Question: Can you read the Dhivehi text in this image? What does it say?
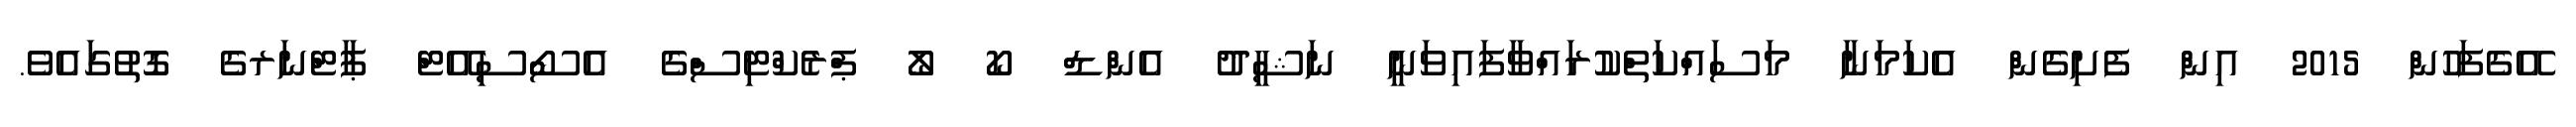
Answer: އޭގެފަހުން 2015 އިން ފެށިގެން އެކަމަނާ މަސައްކަތްކުރައްވާފައިވަނީ ނަޝީދު އެންޑް ކޯ ލޯ ޕްރެކްޓިސްގެ އެސޯސިއޭޓް ޕާޓްނަރގެ ގޮތުގައެވެ.